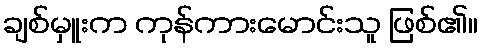
ချစ်မှူးက ကုန်ကားမောင်းသူ ဖြစ်၏။